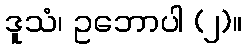
ဒူသံ၊ ဥဘောပါ (၂)။